Indian journal of veterinary science and animal husbandry - Volumes 26-27, 1956-1957
Year: 1956
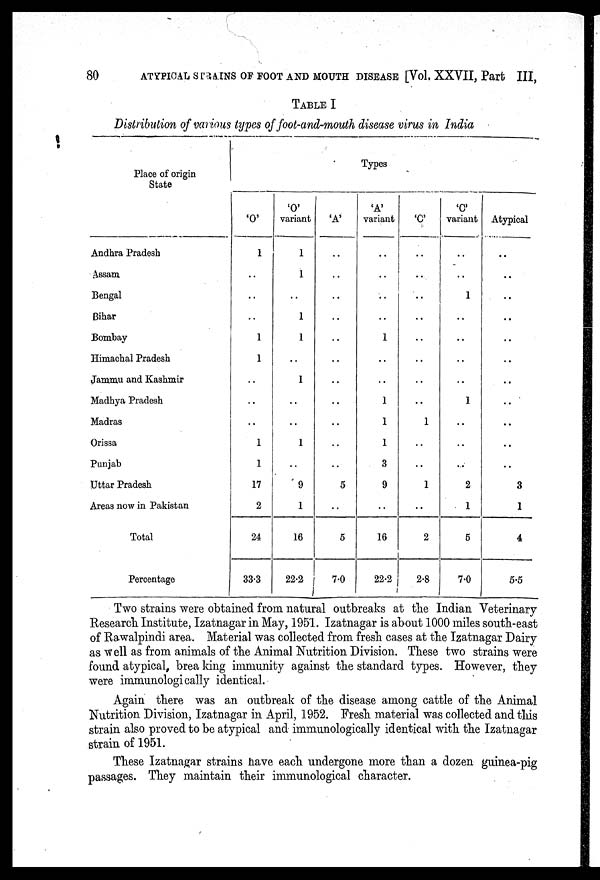
80
ATYPICAL STRAINS OF FOOT AND MOUTH DISEASE [Vol, XXVII, Part III,
TABLE I
Distribution of various types of foot-and-mouth disease virus in India
Place of origin
State
Andhra Pradesh
Assam
Bengal
Bihar
Bombay
Himachal Pradesh
Jammu and Kashmir
Madhya Pradesh
Madras
Orissa
Punjab
Uttar Pradesh
Areas now in Pakistan
Total
Percentage
Types
'O'
1
..
..
..
1
1
..
..
..
1
1
17
2
24
33.3
'O'
variant
1
1
..
1
1
..
1
..
..
1
..
9
1
16
22.2
'A'
..
..
..
..
..
..
..
..
..
..
..
5
..
5
7.0
'A'
variant
..
..
..
..
1
..
..
1
1
1
3
9
..
16
22.2
'C'
..
..
..
..
..
..
..
..
1
..
..
1
..
2
2.8
'C'
variant
..
..
1
..
..
..
..
1
..
..
..
2
1
5
7.0
Atypical
..
..
..
..
..
..
..
..
..
..
..
3
1
4
5.5
Two strains were obtained from natural outbreaks at the Indian Veterinary
Research Institute, Izatnagar in May, 1951. Izatnagar is about 1000 miles south-east
of Rawalpindi area. Material was collected from fresh cases at the Izatnagar Dairy
as well as from animals of the Animal Nutrition Division. These two strains were
found atypical, breaking immunity against the standard types. However, they
were immunologically identical.
Again there was an outbreak of the disease among cattle of the Animal
Nutrition Division, Izatnagar in April, 1952. Fresh material was collected and this
strain also proved to be atypical and immunologically identical with the Izatnagar
strain of 1951.
These Izatnagar strains have each undergone more than a dozen guinea-pig
passages. They maintain their immunological character.